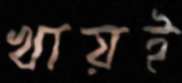
খায়ই